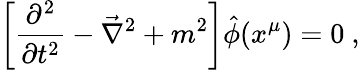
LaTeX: \left[\frac{\partial^{2}}{\partial t^{2}}-\vec{\nabla}^{2}+m^{2}\right]\hat{\phi}(x^{\mu})=0\ ,